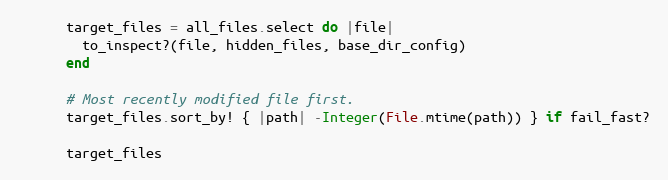
Language: Ruby
      target_files = all_files.select do |file|
        to_inspect?(file, hidden_files, base_dir_config)
      end

      # Most recently modified file first.
      target_files.sort_by! { |path| -Integer(File.mtime(path)) } if fail_fast?

      target_files